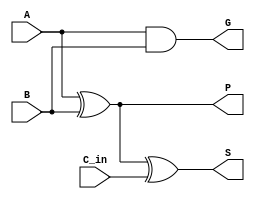
module CLA_Cell (
    input wire A,
    input wire B,
    input wire C_in,
    output wire S,
    output wire G,
    output wire P
);
    // Generate and Propagate signals
    assign G = A & B;          // Generate
    assign P = A ^ B;          // Propagate

    // Sum output
    assign S = P ^ C_in;       // Sum
endmodule